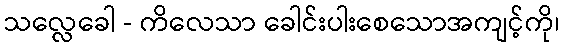
သလ္လေခေါ - ကိလေသာ ခေါင်းပါးစေသောအကျင့်ကို၊